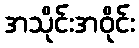
အသိုင်းအဝိုင်း